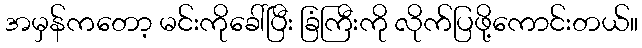
အမှန်ကတော့ မင်းကိုခေါ်ပြီး ခြံကြီးကို လိုက်ပြဖို့ကောင်းတယ်။